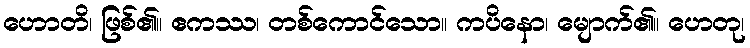
ဟောတိ၊ ဖြစ်၏။ ဧကဿ၊ တစ်ကောင်သော။ ကပိနော၊ မျောက်၏။ ဟေတု၊